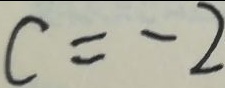
c = - 2